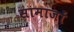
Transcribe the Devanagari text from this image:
सामाजों